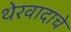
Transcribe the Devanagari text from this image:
थेरवादाचे